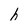
Character: h